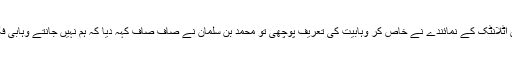
اور پھر جب دی اٹلانٹک کے نمائندے نے خاص کر وہابیت کی تعریف پوچھی تو محمد بن سلمان نے صاف صاف کہہ دیا کہ ہم نہیں جانتے وہابی فکر کیا چیز ہے؟